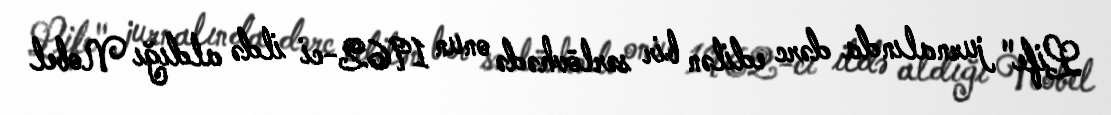
Life" jurnalında dərc edilən bir sərlövhədə onun 1962-ci ildə aldığı Nobel